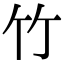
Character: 竹